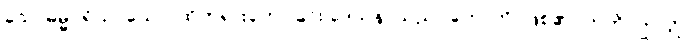
သောဓမ္မပရိယာယော၊ ထိုတရားဟောခြင်း ဒေသနာသည်။ ဟောတိ၊ ဖြစ်၏။ ဣတိ၊ ဤသို့။